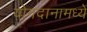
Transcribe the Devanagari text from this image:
योगदानामध्ये